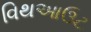
વિથઆઉટ